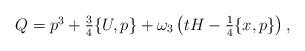
LaTeX: \begin{align*} \begin{array}{l} Q=p^3+{3 \over4} \{ U,p \}+\omega_3 \left( tH -{1 \over 4} \{x,p \}\right),\end{array} \end{align*}